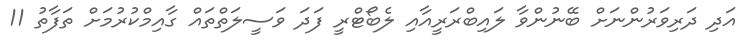
އަދި ދަރިވަރުންނަށް ބޭނުންވާ ލައިބްރަރީއާއި ލެބޯޓްރީ ފަދަ ވަސީލަތްތައް ގާއިމްކުރުމަށް ތަފާތު 11